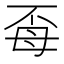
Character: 𭯈